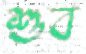
শুব